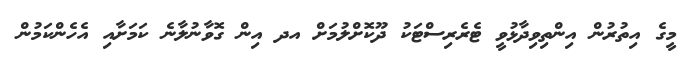
މީގެ އިތުރުން އިންތިވިދާޅުވީ ޓެރެރިސްޓަކު ދޫކޮށްލުމަށް އދ އިން ގޮވާނުލާނެ ކަމަށާއި އެހެންކަމުން